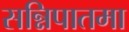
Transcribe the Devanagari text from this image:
सन्निपातमा